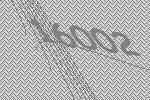
16002